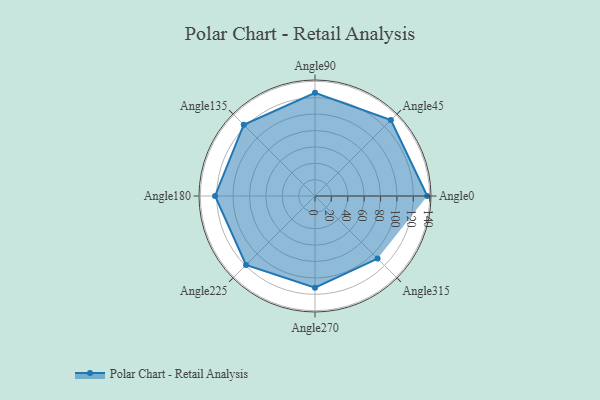
{"axis": {"x": "Angle", "y": "Radius"}, "legend": [""], "data": [{"x": "Angle0", "y": 137.0, "type": ""}, {"x": "Angle45", "y": 131.0, "type": ""}, {"x": "Angle90", "y": 126.0, "type": ""}, {"x": "Angle135", "y": 123.0, "type": ""}, {"x": "Angle180", "y": 122.0, "type": ""}, {"x": "Angle225", "y": 119.0, "type": ""}, {"x": "Angle270", "y": 112.0, "type": ""}, {"x": "Angle315", "y": 108.0, "type": ""}]}